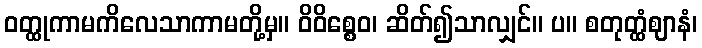
ဝတ္ထုကာမကိလေသာကာမတို့မှ။ ဝိဝိစ္စေဝ၊ ဆိတ်၍သာလျှင်။ ပ။ စတုတ္ထံဈာနံ၊